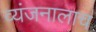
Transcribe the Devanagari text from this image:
व्यंजनालाच